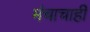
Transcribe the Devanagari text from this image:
मंचाचाही